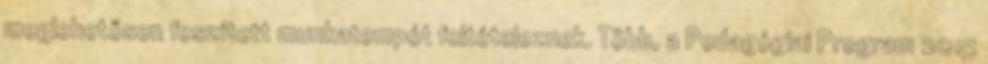
meglehetősen feszített munkatempót feltételeznek. Több, a Pedagógiai Program 2015